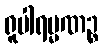
ရူပါရမ္မဏဉ္စ